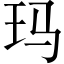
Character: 玛